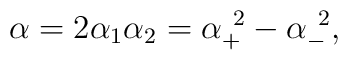
\alpha = 2 \alpha_1 \alpha_2 = \alpha_{+}^{~2} - \alpha_{-}^{~2},